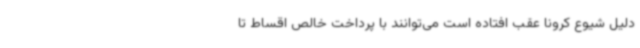
دلیل شیوع کرونا عقب افتاده‌ است می‌توانند با پرداخت خالص اقساط تا